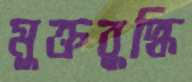
মুক্তবুদ্ধি